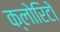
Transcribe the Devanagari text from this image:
क्लोरिटो